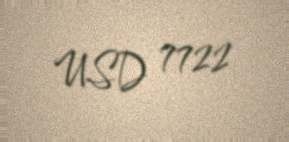
USD 7722